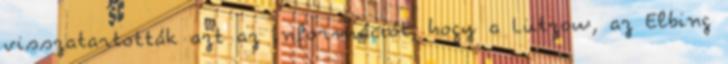
visszatartották azt az információt, hogy a Lützow, az Elbing